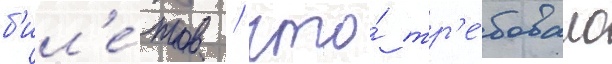
б'ил'е́тов / что́ тр'е́бовало